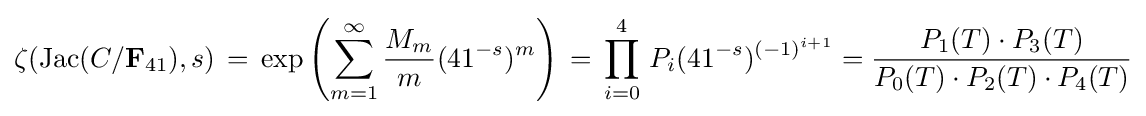
\zeta ({\text{Jac}}(C/{\bf {F}}_{41}),s)\,=\,\exp \left(\sum _{m=1}^{\infty }{\frac {M_{m}}{m}}(41^{-s})^{m}\right)\,=\,\prod _{i=0}^{4}\,P_{i}(41^{-s})^{(-1)^{i+1}}={\frac {P_{1}(T)\cdot P_{3}(T)}{P_{0}(T)\cdot P_{2}(T)\cdot P_{4}(T)}}